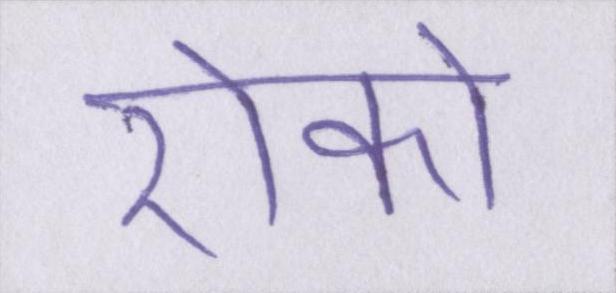
रोको